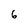
Character: 6